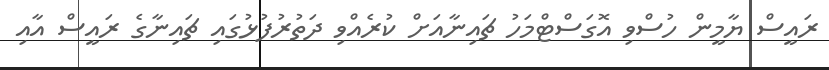
ރައީސް ޔާމީން ހުސްވި އޮގަސްޓްމަހު ޗައިނާއަށް ކުރެއްވި ދަތުރުފުޅުގައި ޗައިނާގެ ރައީސް އާއި